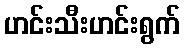
ဟင်းသီးဟင်းရွက်